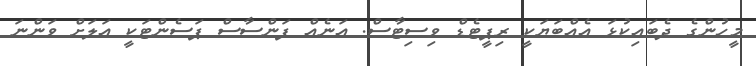
މީހުންގެ ދެބައިކުޅަ އެއްބަޔަކީ ރިޕީޓެޑް ވިސިޓާސް. އަނެއް ފަންސާސް ޕަސެންޓަކީ އަލަށް ވަންނަ